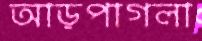
আড়পাগলা